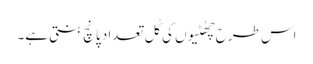
اس طرح چھُٹیوں کی کُل تعداد پانچ بنتی ہے۔